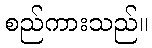
စည်ကားသည်။